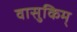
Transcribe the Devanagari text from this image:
वासुकिम्